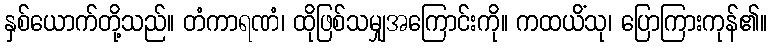
နှစ်ယောက်တို့သည်။ တံကာရဏံ၊ ထိုဖြစ်သမျှအကြောင်းကို။ ကထယိံသု၊ ပြောကြားကုန်၏။